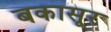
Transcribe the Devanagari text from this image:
बकासूर